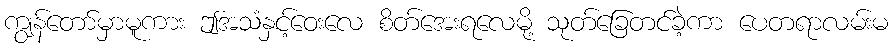
ကျွန်တော်မှာမူကား ဤအသံနှင့်ဝေးလေ စိတ်အေးရလေမို့ သုတ်ခြေတင်ခဲ့ကာ ပေတရာလမ်းမ